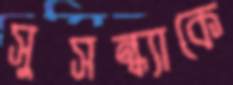
সুসন্ধ্যাকে